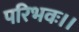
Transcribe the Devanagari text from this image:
परिभवः।।